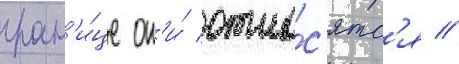
гран'и́це он'и́ отно́с'ятс'я //